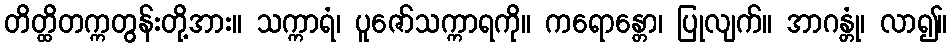
တိတ္ထိတက္ကတွန်းတို့အား။ သက္ကာရံ၊ ပူဇော်သက္ကာရကို။ ကရောန္တော၊ ပြုလျက်။ အာဂန္တုံ၊ လာ၍။